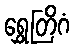
ရွှေတြိဂံ